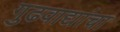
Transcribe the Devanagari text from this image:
गुढवाद्यांचा